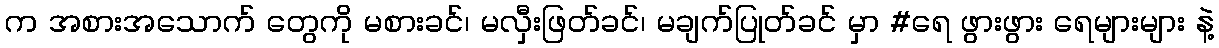
က အစားအသောက် တွေကို မစားခင်၊ မလှီးဖြတ်ခင်၊ မချက်ပြုတ်ခင် မှာ #ရေ ဖွားဖွား ရေများများ နဲ့